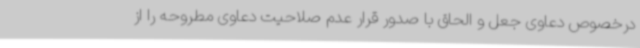
درخصوص دعاوی جعل و الحاق با صدور قرار عدم صلاحیت دعاوی مطروحه را از